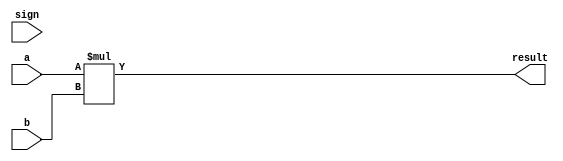
`timescale 1ns / 1ps

module MULT(
    input [31:0] a,
    input [31:0] b,
    input sign,
    //output [31:0] data_hi,
    //output [31:0] data_lo
    output [63:0] result
    );
    wire signed [31:0]t_a;
    wire signed [31:0]t_b;

    assign t_a=a;
    assign t_b=b;
    
    assign result = sign ? t_a*t_b : a*b;
    
endmodule